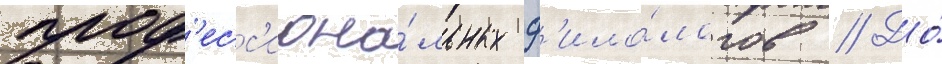
проф'есс'иона́льных ф'ило́логов // До́